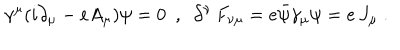
\gamma ^ { \mu } ( i \partial _ { \mu } - e A _ { \mu } ) \psi = 0 \ \ , \ \ \partial ^ { \nu } \, F _ { \nu \mu } = e \bar { \psi } \gamma _ { \mu } \psi = e \, J _ { \mu } \ .